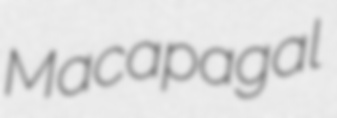
Macapagal